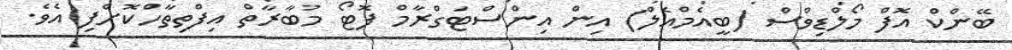
ބޭންކް އޮފް މޯލްޑިވްސް (ބީއެމްއެލް) އިން އިންސްޓަގްރާމް ފޮޓޯ މުބާރާތް އިފްތިތާހްކޮށްފި އެވެ.